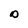
Character: O